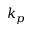
k _ { p }